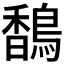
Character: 𬳥